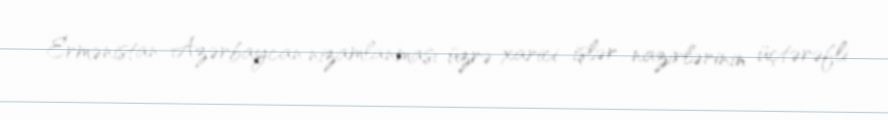
Ermənistan-Azərbaycan nizamlanması üzrə xarici işlər nazirlərinin üçtərəfli